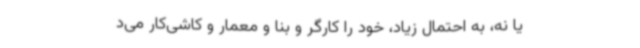
یا نه، به احتمال زیاد، خود را کارگر و بنا و معمار و کاشی‌کار می‌د